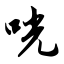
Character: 咣